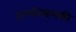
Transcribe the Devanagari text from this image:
हलकीसलकी